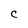
Character: C